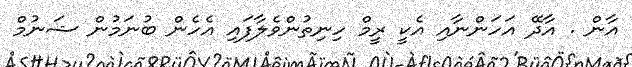
އާން . އާދޭ އަހަންނާއި އެކީ ރީމް ހިނިތުންވެލާފައި އެހެން ބުނަމުން ޝަނުމް